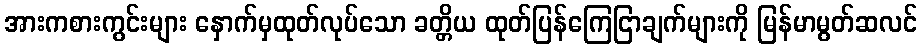
အားကစားကွင်းများ နှောက်မှထုတ်လုပ်သော ခတ္တိယ ထုတ်ပြန်ကြေငြာချက်များကို မြန်မာမွတ်ဆလင်